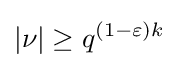
|\nu |\geq q^{(1-\varepsilon )k}